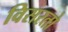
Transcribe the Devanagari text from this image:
विसरतो